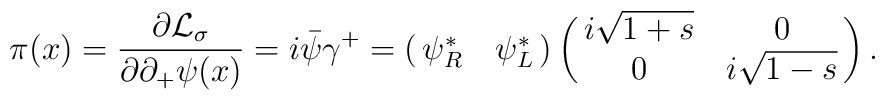
\pi(x)={\partial {\cal L}_{\sigma} \over \partial\partial_+\psi(x)}=i\bar \psi\gamma^+=\pmatrix{\psi_R^{*} & \psi_L^{*}}\pmatrix{i\sqrt{1+s} & 0\cr 0 & i\sqrt{1-s}}.